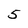
Character: 5